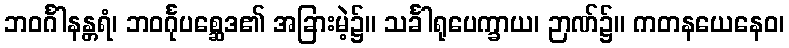
ဘဝင်္ဂါနန္တရံ၊ ဘဝင်္ဂုပစ္ဆေဒ၏ အခြားမဲ့၌။ သင်္ခါရုပေက္ခာယ၊ ဉာဏ်၌။ ကတနယေနေဝ၊